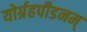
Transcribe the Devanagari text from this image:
योर्ग्रहपीडनम्